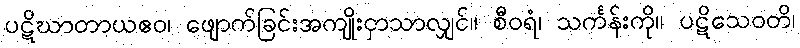
ပဋိဃာတာယဧဝ၊ ဖျောက်ခြင်းအကျိုးငှာသာလျှင်။ စီဝရံ၊ သင်္ကန်းကို။ ပဋိသေဝတိ၊